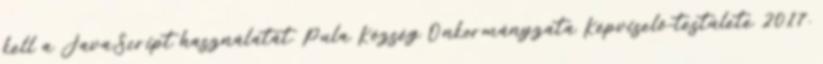
kell a JavaScript használatát. Pula Község Önkormányzata Képviselő-testülete 2017.